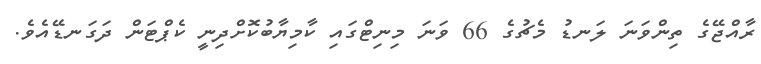
ރާއްޖޭގެ ތިންވަނަ ލަނޑު މެޗުގެ 66 ވަނަ މިނިޓްގައި ކާމިޔާބުކޮށްދިނީ ކެޕްޓަން ދަގަނޑޭއެވެ.